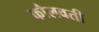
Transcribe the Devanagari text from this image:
कौलवती